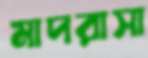
মাদরাসা